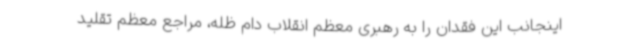
اینجانب این فقدان را به رهبری معظم انقلاب دام ظله، مراجع معظم تقلید